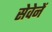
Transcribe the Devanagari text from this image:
सेवेनें